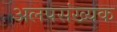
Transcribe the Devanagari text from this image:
अलपसंख्यक